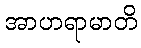
အာဟရာမာတိ